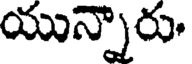
యున్నారు